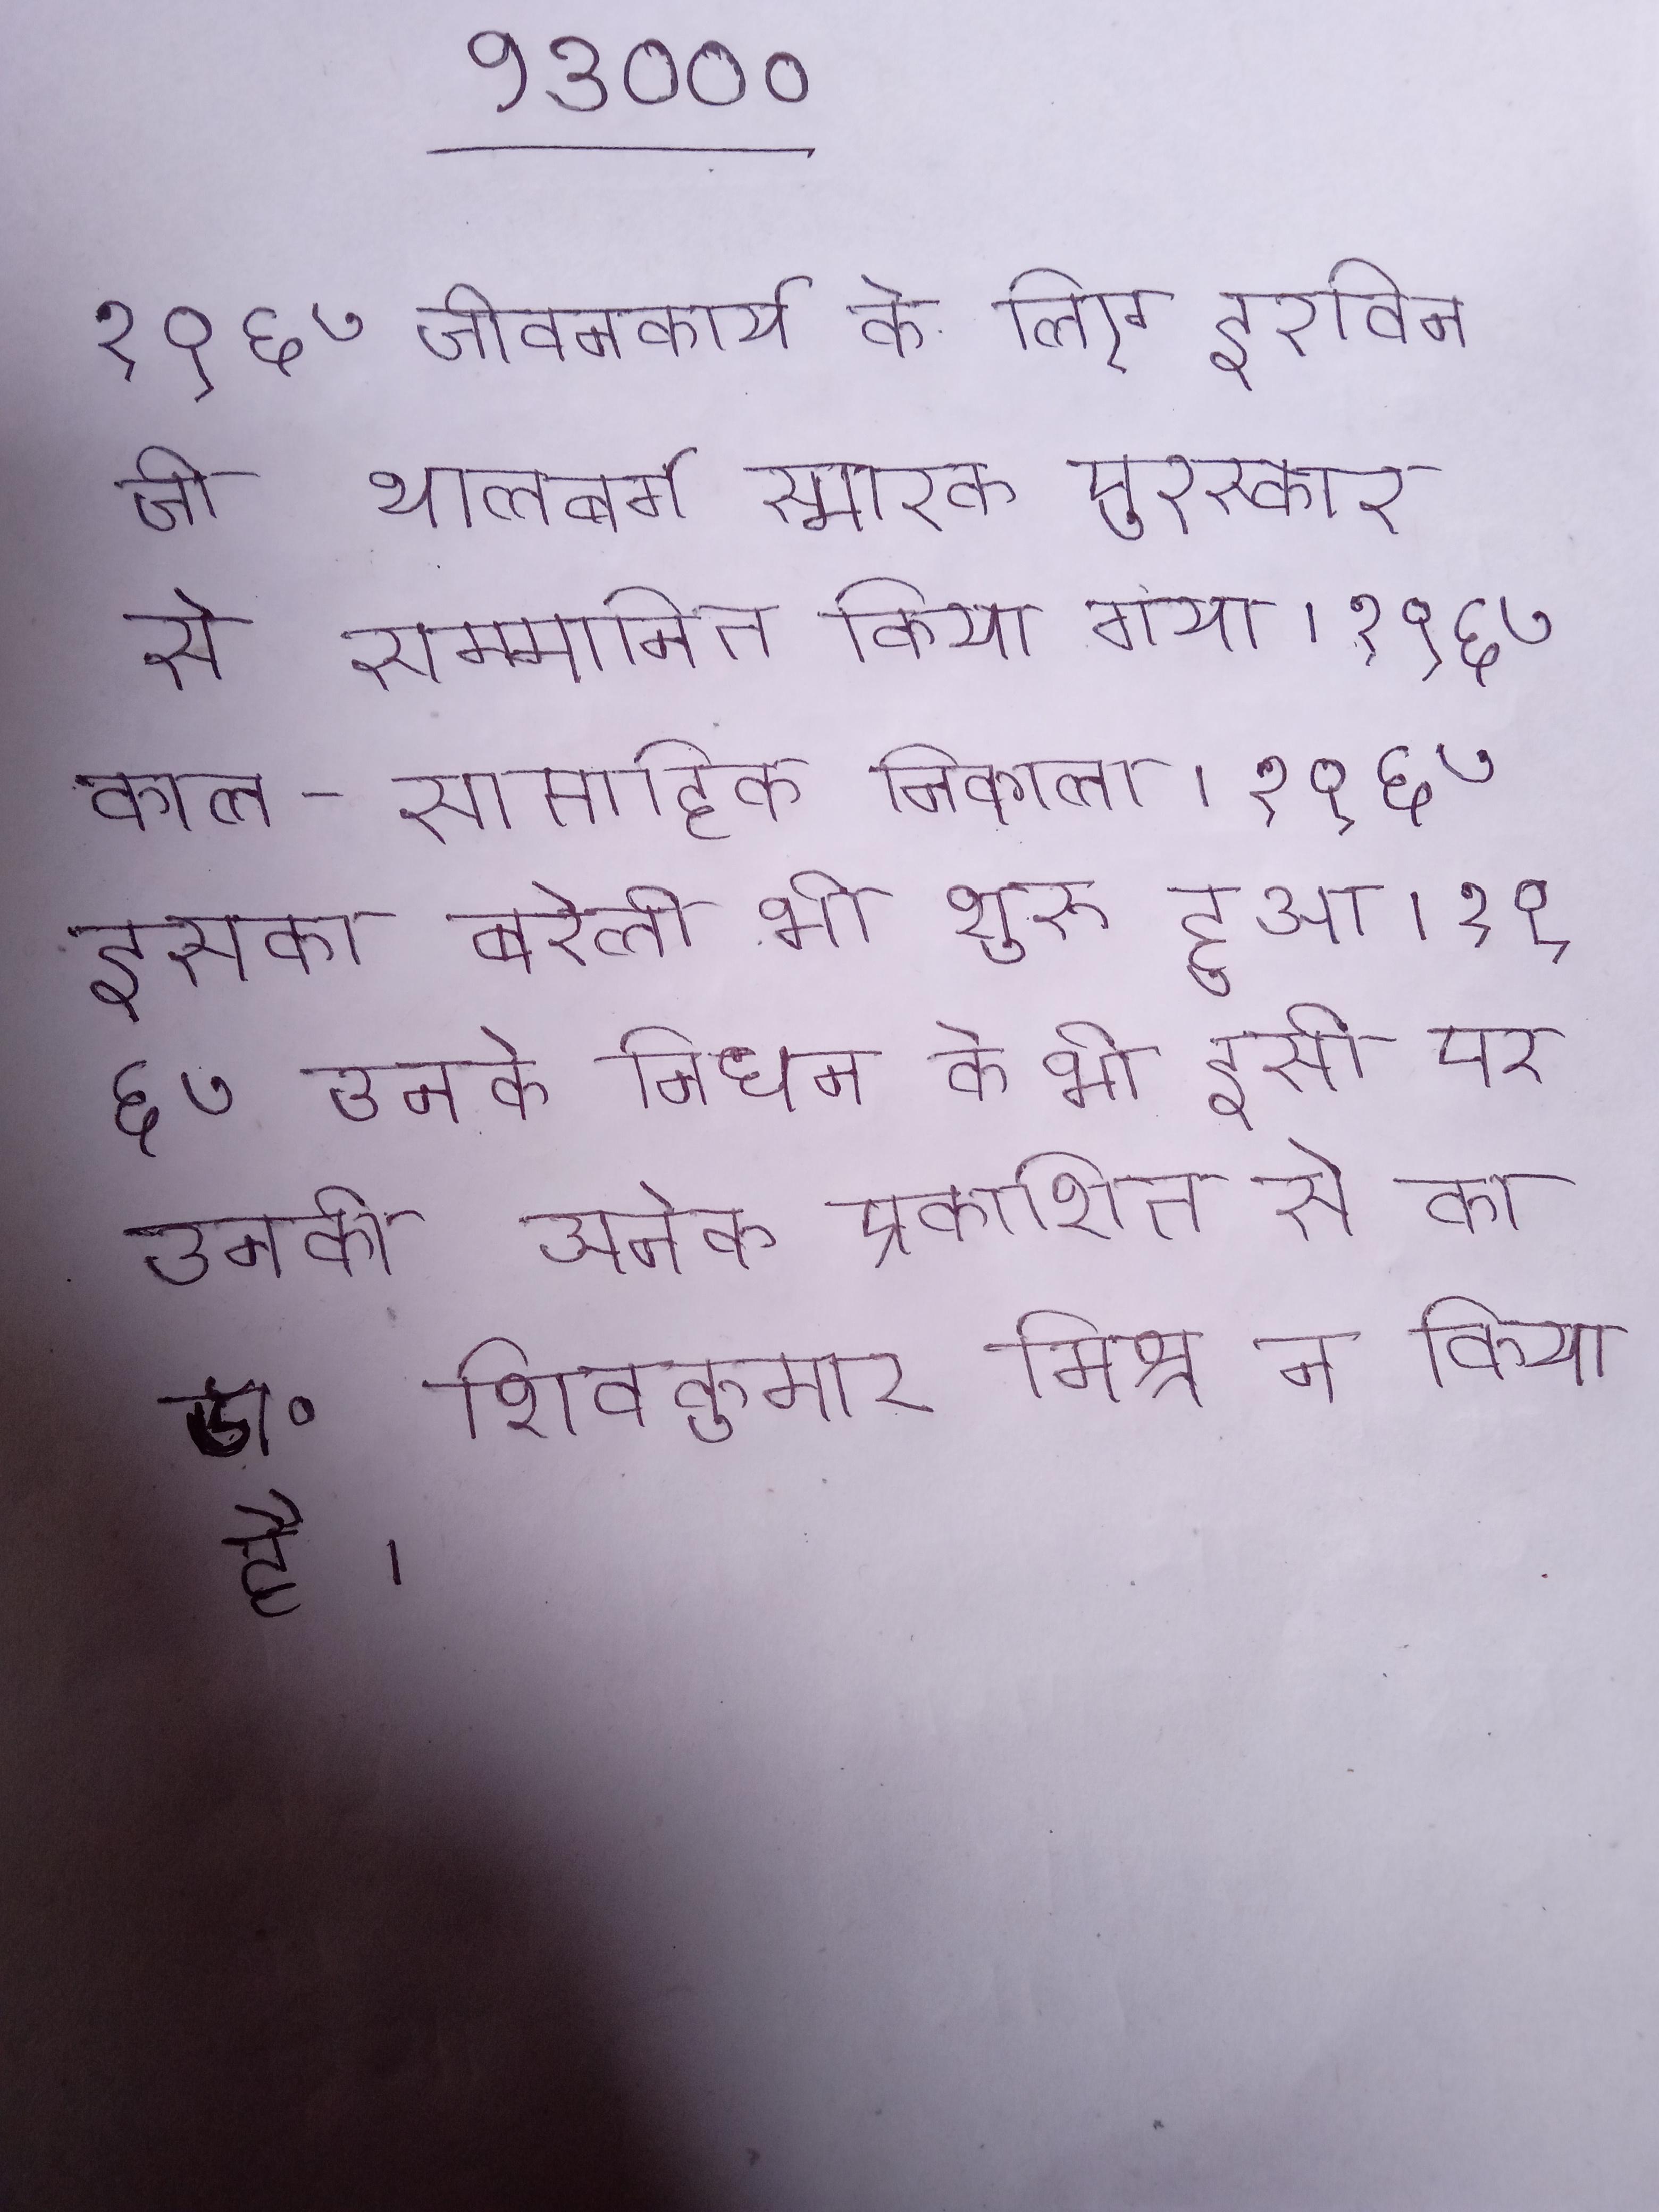
१९६७ जीवनकार्य के लिए इरविन जी थालबर्ग स्मारक पुरस्कार से सम्मानित किया गया । १९६७ काल-साप्ताहिक निकाला । १९६७ इसका बरेली भी शुरु हुआ । १९६७ उनके निधन के भी इसी पर उनकी अनेक प्रकाशित से का डॉ॰ शिवकुमार मिश्र ने किया है ।